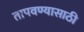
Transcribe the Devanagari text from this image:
तापवण्यासाठी